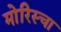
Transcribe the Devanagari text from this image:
मोरिस्चा